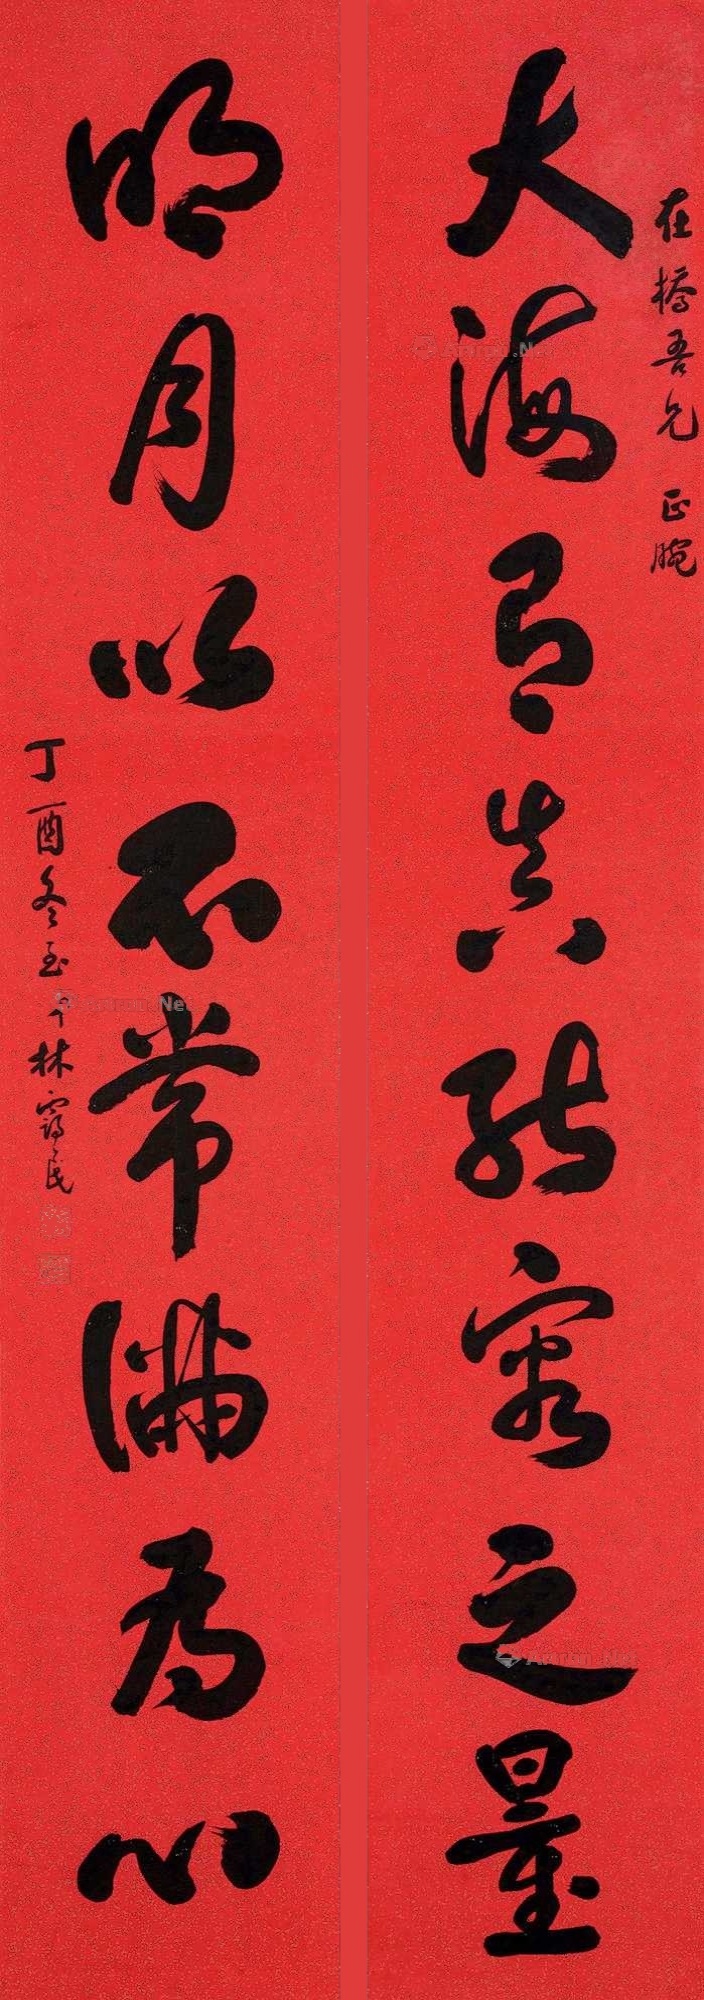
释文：大海有真能容之量，明月以不常满为心。在桥吾兄正腕，丁酉冬至弟林霭民。